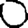
Digit: 0